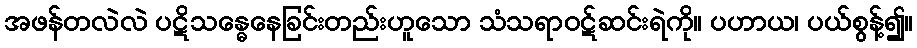
အဖန်တလဲလဲ ပဋိသန္ဓေနေခြင်းတည်းဟူသော သံသရာဝဋ်ဆင်းရဲကို။ ပဟာယ၊ ပယ်စွန့်၍။